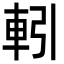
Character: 𮝅